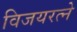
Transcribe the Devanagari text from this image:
विजयरत्ने